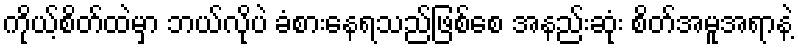
ကိုယ့်စိတ်ထဲမှာ ဘယ်လိုပဲ ခံစားနေရသည်ဖြစ်စေ အနည်းဆုံး စိတ်အမူအရာနဲ့